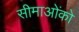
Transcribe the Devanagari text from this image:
सीमाओंको